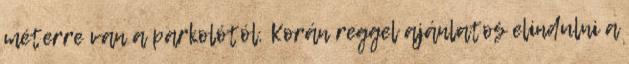
méterre van a parkolótól. Korán reggel ajánlatos elindulni a